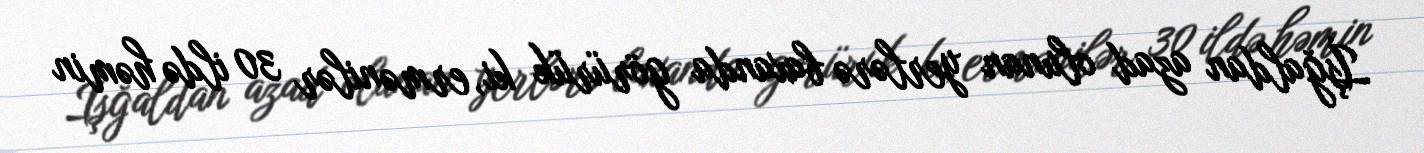
İşğaldan azad olunan yerlərə baxanda görürük ki, ermənilər 30 ildə həmin